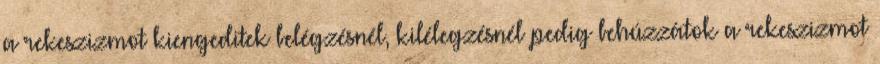
a rekeszizmot kiengeditek belégzésnél, kilélegzésnél pedig behúzzátok a rekeszizmot